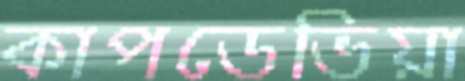
কাপডেভিয়া